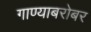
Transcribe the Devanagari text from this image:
गाण्याबरोबर